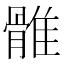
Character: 𩀜